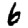
Digit: 6